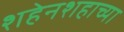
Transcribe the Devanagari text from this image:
शहेनशहाच्या